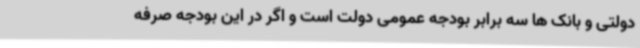
دولتی و بانک ها سه برابر بودجه عمومی دولت است و اگر در این بودجه صرفه